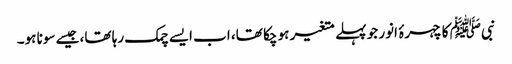
نبیﷺ کا چہرۂ انور جو پہلے متغیر ہو چکا تھا، اب ایسے چمک رہا تھا، جیسے سونا ہو۔